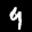
Label: 9